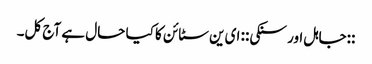
::جاہل اور سنکی:: ای ین سٹائن کا کیا حال ہے آج کل۔